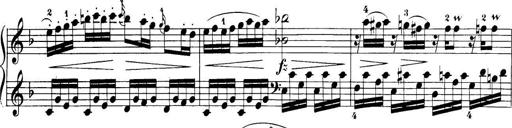
Title: 32 Sonatinas and Rondos for the Piano
Composer: Richard Kleinmichel